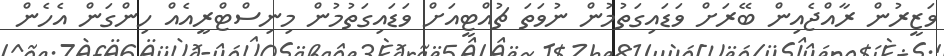
ވަޒީރުން ރާއްޖެއިން ބޭރަށް ވަޑައިގަތުމުން ނުވަތަ ޗުއްޓީއަށް ވަޑައިގަތުމުން މިނިސްޓްރީއެއް ހިންގަން އެހެން